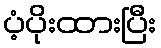
ပံ့ပိုးထားပြီး